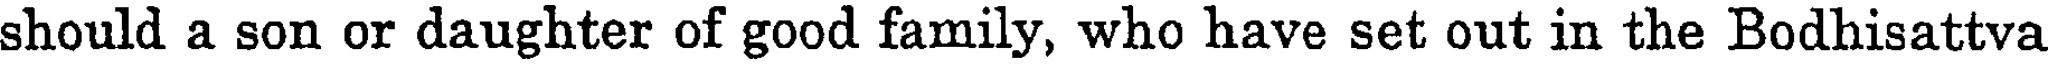
should a son or daughter of good family, who have set out in the Bodhisattva